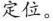
定位。